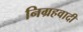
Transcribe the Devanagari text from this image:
निग्रहवादी